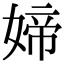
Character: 媂